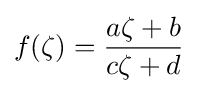
f(\zeta )={\frac {a\zeta +b}{c\zeta +d}}